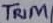
Text: TRIM